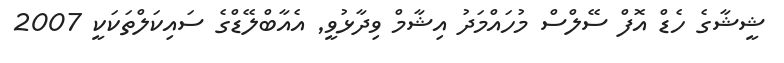
ޝީޝާގެ ހެޑް އޮފް ސޭލްސް މުހައްމަދު އިޝާމް ވިދާޅުވީ